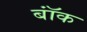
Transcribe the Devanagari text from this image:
बॉंक